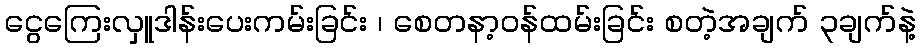
ငွေကြေးလှူဒါန်းပေးကမ်းခြင်း ၊ စေတနာ့ဝန်ထမ်းခြင်း စတဲ့အချက် ၃ချက်နဲ့